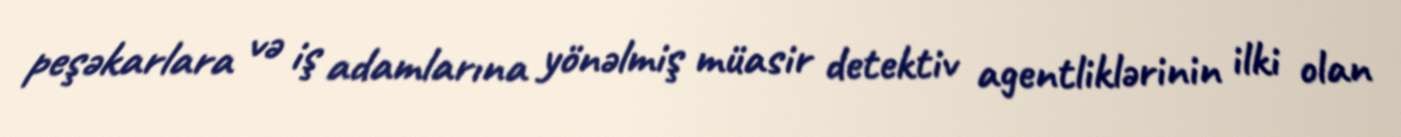
peşəkarlara və iş adamlarına yönəlmiş müasir detektiv agentliklərinin ilki olan